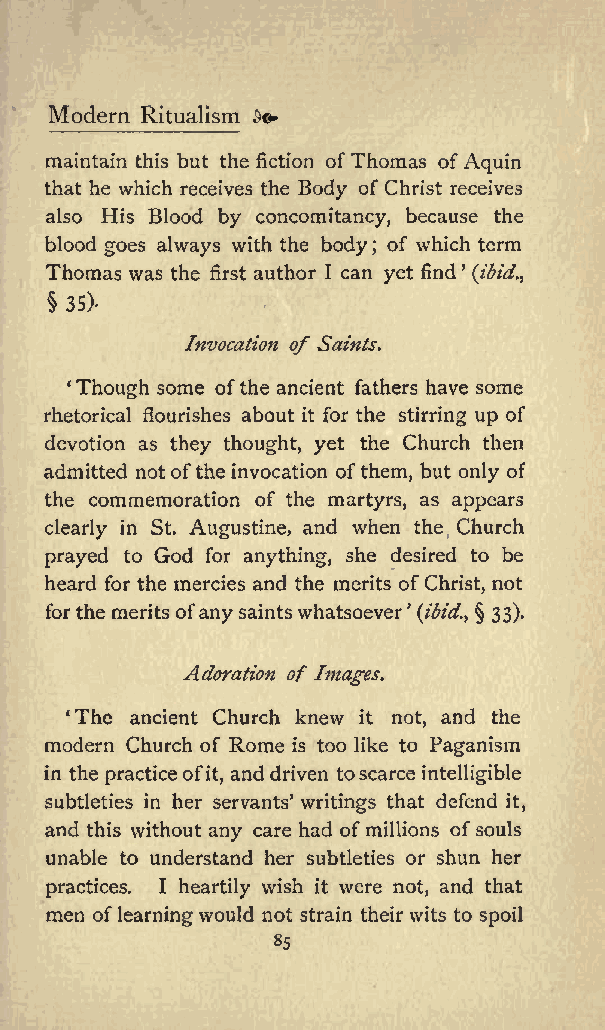
Modern Ritualism d
 maintain this but the fiction ofThomas ofAquin
 that he which receives the Body of Christ receives
 also His Blood by concomitancy, because the
 blood goes always with the body of which term
 ;
 Thomas was the first author I can yet find (ibid.,
 35)-
 Invocation of Saints.
 Though some ofthe ancient fathers have some
 rhetorical flourishes about it for the stirring up of
 devotion as they thought, yet the Church then
 admitted notofthe invocation ofthem, but only of
 the commemoration of the martyrs, as appears
 clearly in St. Augustine, and when the Church
 prayed to God for anything, she desired to be
 heard for the mercies and the merits of Christ, not
 for the merits ofany saintswhatsoever (ibid.&amp;gt; 33).
 Adoration of Images.
 The ancient Church knew it not, and the
 modern Church of Rome is too like to Paganism
 in the practiceof it, and driven toscarce intelligible
 subtleties in her servants writings that defend it,
 and this without any care had of millions ofsouls
 unable to understand her subtleties or shun her
 practices. I heartily wish it were not, and that
 men oflearning would not strain theirwits to spoil
 85